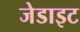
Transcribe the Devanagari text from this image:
जेडाइट